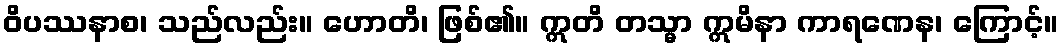
ဝိပဿနာစ၊ သည်လည်း။ ဟောတိ၊ ဖြစ်၏။ ဣတိ တသ္မာ ဣမိနာ ကာရဏေန၊ ကြောင့်။